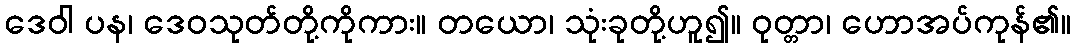
ဒေဝါ ပန၊ ဒေဝသုတ်တို့ကိုကား။ တယော၊ သုံးခုတို့ဟူ၍။ ဝုတ္တာ၊ ဟောအပ်ကုန်၏။